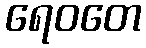
ရေဝတေ